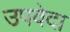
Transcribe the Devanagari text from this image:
उपवेदा